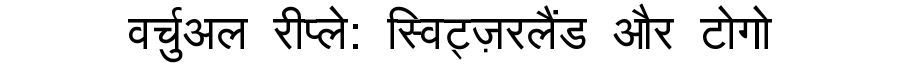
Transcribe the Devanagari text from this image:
वर्चुअल रीप्ले: स्विट्ज़रलैंड और टोगो